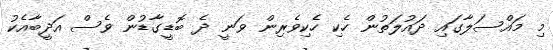
މި މައްސަލާގައި ދައުލަތުން ހެކި ހެކިވެރިން ވަނީ ދެ ބޮޑީގާޑުން ވެސް އަދީބާއެކު